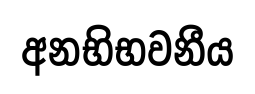
අනභිභවනීය